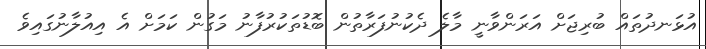
އުޅަނދުތައް ބުރިޖަށް އަރަންވާނީ މާލެ ދެކުނުފަރާތުން ބޮޑުތަކުރުފާނު މަގުން ކަމަށް އެ އިއުލާނުގައިވެ